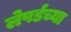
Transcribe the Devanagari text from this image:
लेपर्डच्या